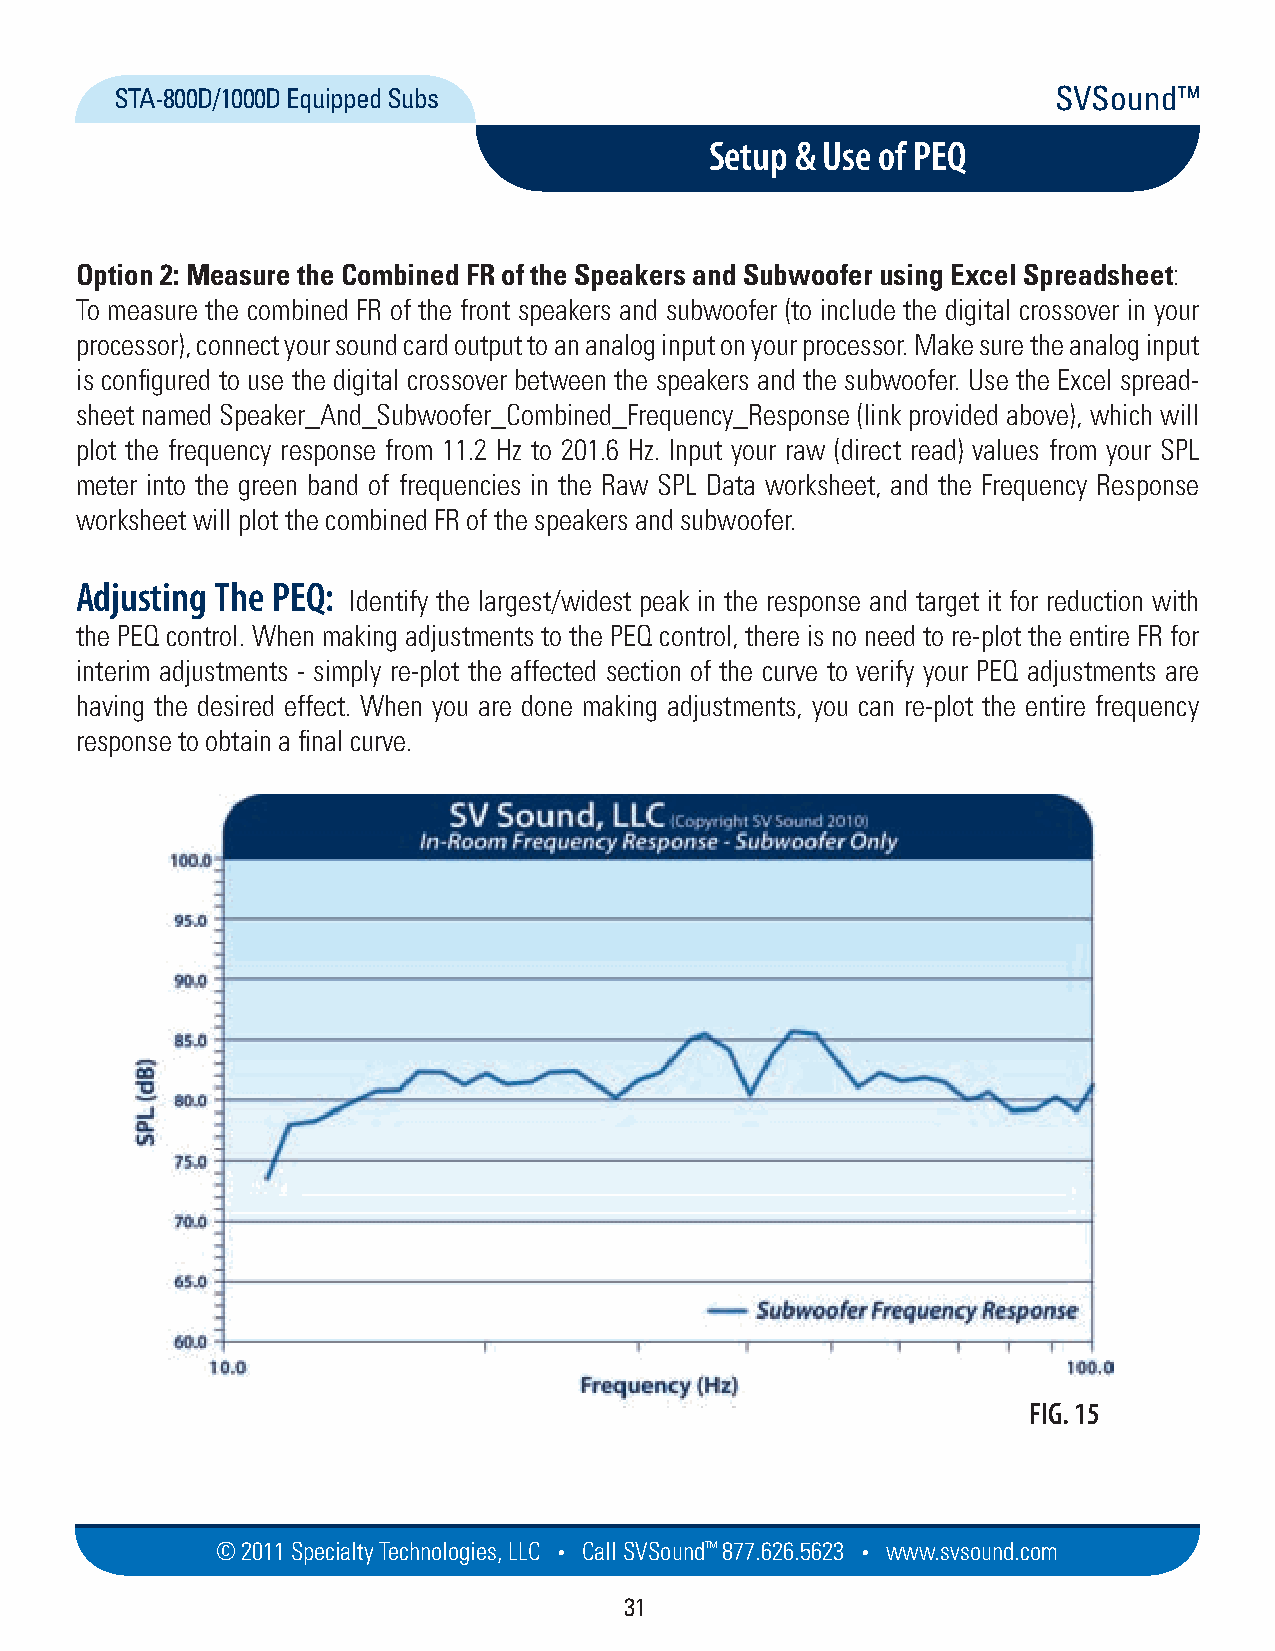
STA-800D/1000D Equipped Subs                                  SVSound™
 Setup & Use of PEQ
 Option 2: Measure the Combined FR of the Speakers and Subwoofer using Excel Spreadsheet:
 To measure the combined FR of the front speakers and subwoofer (to include the digital crossover in your
 processor), connect your sound card output to an analog input on your processor. Make sure the analog input
 is configured to use the digital crossover between the speakers and the subwoofer. Use the Excel spread-
 sheet named Speaker_And_Subwoofer_Combined_Frequency_Response (link provided above), which will
 plot the frequency response from 11.2 Hz to 201.6 Hz. Input your raw (direct read) values from your SPL
 meter into the green band of frequencies in the Raw SPL Data worksheet, and the Frequency Response
 worksheet will plot the combined FR of the speakers and subwoofer.
 Adjusting The PEQ:
 Identify the largest/widest peak in the response and target it for reduction with
 the PEQ control. When making adjustments to the PEQ control, there is no need to re-plot the entire FR for
 interim adjustments - simply re-plot the affected section of the curve to verify your PEQ adjustments are
 having the desired effect. When you are done making adjustments, you can re-plot the entire frequency
 response to obtain a final curve.
 FIG. 15
 © 2011 Specialty Techno logies, LLC • Call SVSound™ 877.626.5623 • www.svs ou nd.com
 31